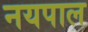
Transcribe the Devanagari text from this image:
नयपाल